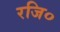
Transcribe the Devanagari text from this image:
रजि०